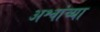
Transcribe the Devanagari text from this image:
अश्वांच्या